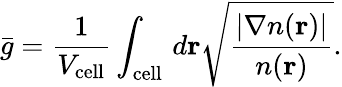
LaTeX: \bar{g}=\frac{1}{V_{\mathrm{cell}}}\int_{\mathrm{cell}}\, d\mathbf{r}\sqrt{\frac{|\nabla n(\mathbf{r})|}{n(\mathbf{r})}}.